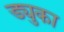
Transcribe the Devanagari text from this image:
ड्युका